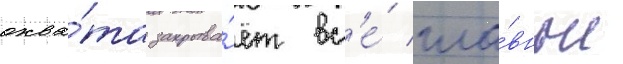
охва́та закрыва́ет вс'е́ гла́вные